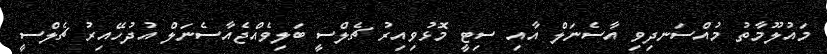
މައުލޫމާތު މުއްސަނދިވި އާސެނަލް އާއި ސިޓީ މޮޅުވިއިރު ޗެލްސީ ބަލިވެއްޖެއާސެނަލް އުދުހޭއިރު ޗެލްސީ